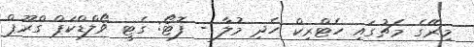
މިރޭގެ މެޗުގައި ހެޓްރިކް ހެދި މުލާ - ފޮޓޯ: ގެޓީ ވޯލްޑްކަޕް ގްރޫޕް